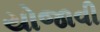
યોજાવી